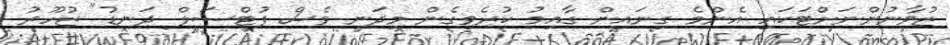
ޒުވާނުންނަށްޓަކައި އެންމެ ގިނައިން ގާއިމު ކުރެވިގެން މިދަނީ ވެސް ފުޓްސަލް ދަނޑު" ޒުހޫރު